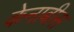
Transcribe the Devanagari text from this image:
केनाबीस